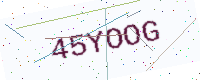
Text: 45YOOG